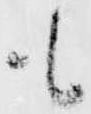
も